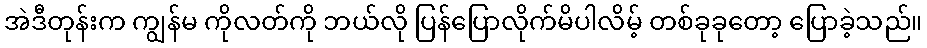
အဲဒီတုန်းက ကျွန်မ ကိုလတ်ကို ဘယ်လို ပြန်ပြောလိုက်မိပါလိမ့် တစ်ခုခုတော့ ပြောခဲ့သည်။